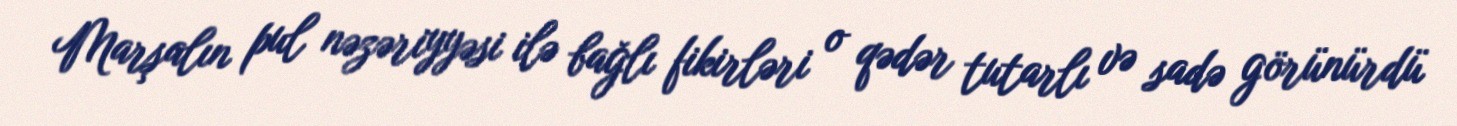
Marşalın pul nəzəriyyəsi ilə bağlı fikirləri o qədər tutarlı və sadə görünürdü